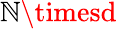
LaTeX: \mathbb{N}\timesd